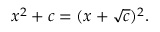
\displaystyle x ^ { 2 } + c = ( x + { \sqrt { c } } ) ^ { 2 } .